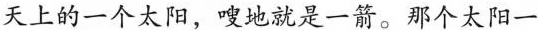
天上的一个太阳，嗖地就是一箭。那个太阳一